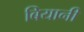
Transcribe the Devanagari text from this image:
बियानी